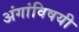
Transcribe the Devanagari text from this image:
अंगांविषयी